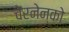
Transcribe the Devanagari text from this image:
चेरनेन्को